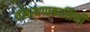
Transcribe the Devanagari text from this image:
वंसत्थप्पकासिनी